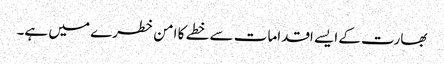
بھارت کے ایسے اقدامات سے خطے کا امن خطرے میں ہے۔